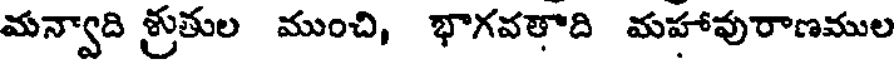
మన్వాది శ్రుతుల ముంచి, భాగవతాది మహావురాణముల